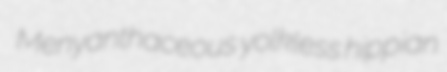
Menyanthaceous yolkless hippian